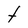
Character: t